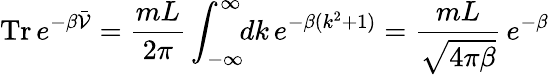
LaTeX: \mathrm{Tr}\, e^{-\beta\bar{{\cal V}}}=\frac{mL}{2\pi}\int_{-\infty}^{\infty}\! \! dk\, e^{-\beta(k^{2}+1)}=\frac{mL}{\sqrt{4\pi\beta}}\, e^{-\beta}